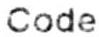
CODE